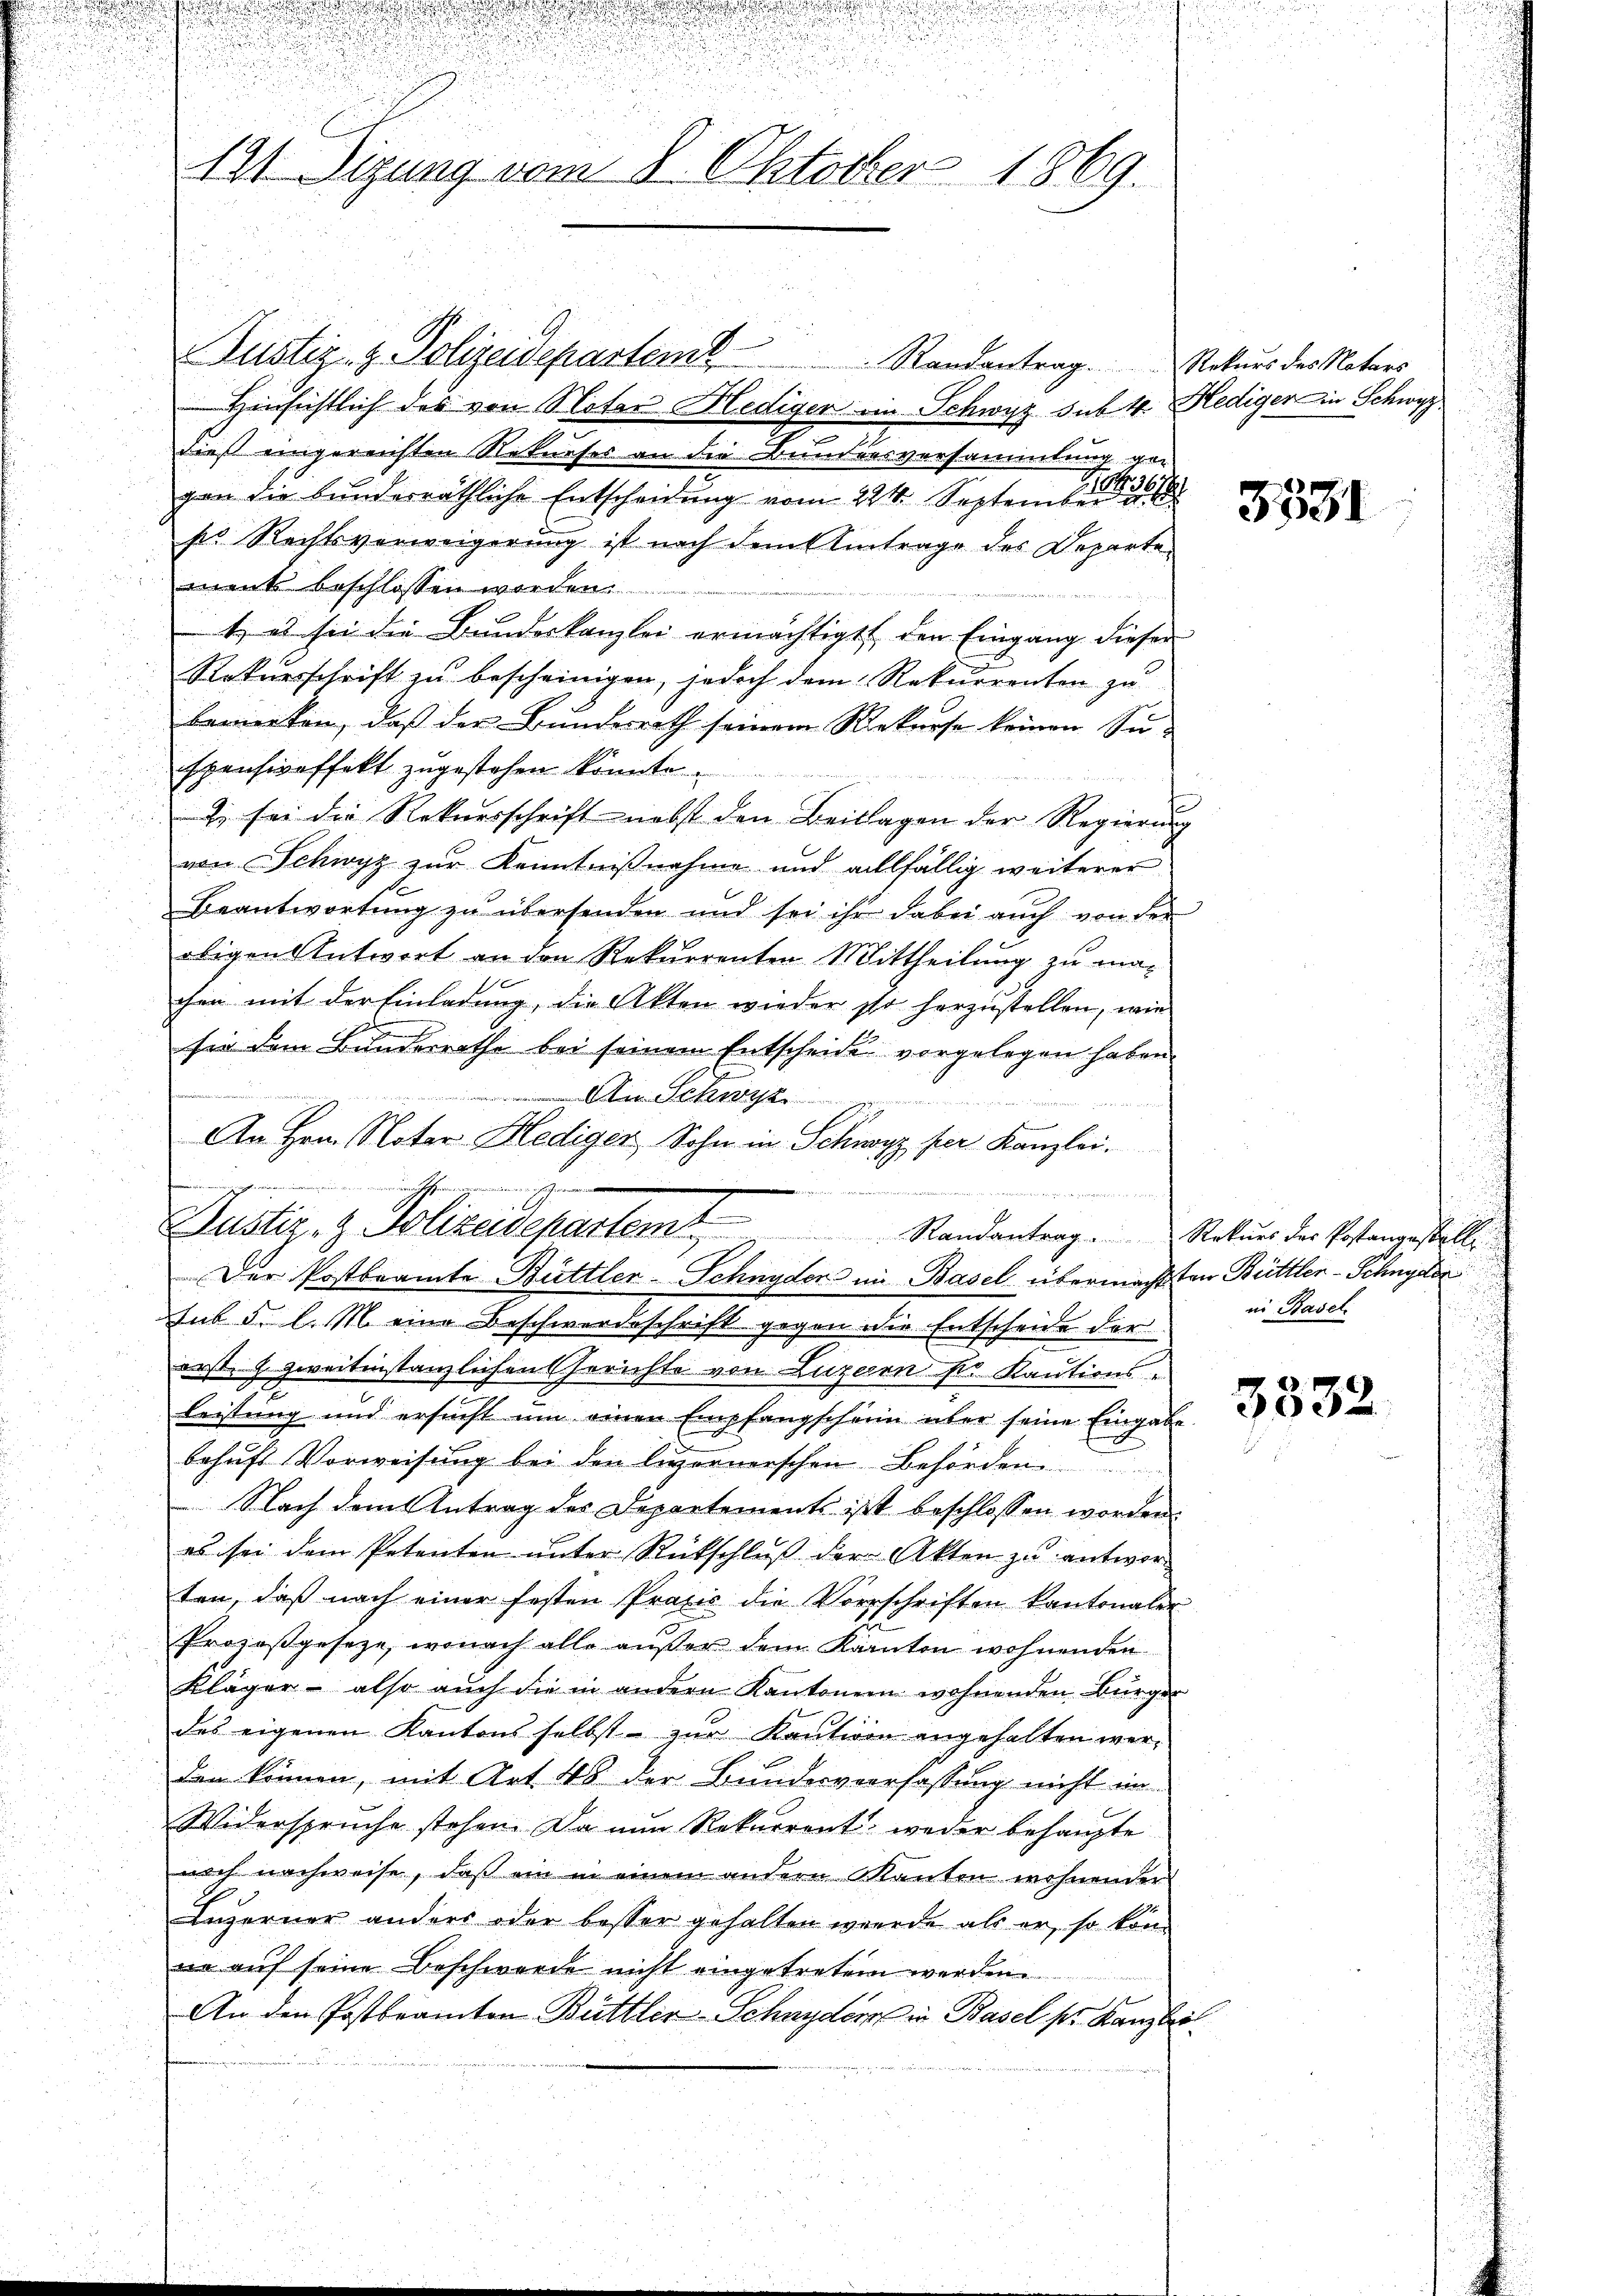
n
121 dizung vom 8. Oktober 1869.

Justiz- & Polizeideparten

An Schwyz
An Hrn. Notar Hediger, Sohn in Schwyz per Kanzlei.
u
.
ustiz & Polizeisepartemt
Der Postbeamte Büttler-Schnyder in Basel übermachten Bettler-Schnyder

Randantrag. Rekurs des Notars
 Hinsichtlich des von Noter Hediger im Schwyz sub. 4. Hediger in Schwyz.
dieß eingereichten Rekurses an die Bundensversammlung ge
gen die bunderräthliche Entscheidung vom 224. September
se Rechtsverweigerung ist nach dem Eintrage des Departe
ment beschlossen worden.
t es sei die Bundeskanzlei ermächtigt, den Eingang diesen
Rekursschrift zu bescheinigen, jedoch dem Rekurrenten zu
bemerken, daß der Bundesrath seinem Rekurse keinen Siespensiveffekt zugestehen könnte.
Z. sei die Rekursschrift nebst den Beilagen der Regierung
von Schwyz zur Kenntnißnahme und allfällig weiterer
Beantwortung zu übersenden und sei ihr dabei auch von der
obigen Antwort an den Rekurrenten Mittheilung zu machen mit der Einladung, die Akten wieder so herzustellen, wie
sie dem Bundesrathe bei seinem Entscheide vorgelegen haben
d
.

Randantrag Rekurs der Postangestell
sub 5. l. M. eine Beschwerdeschrift gegen die Entscheide der
erste G. zweitinstanzlichen Gerichte von Luzeren für Kautions-
leistung und ersŭcht ŭm einen Empfangschein über seine Eingabe
behaft Vorweisung bei den Luzernerschen Behörden
 Nach dem Antrag des Departements ist beschlossen worden.
es sei dem Petenten unter Rütschluß der Akten zu antworten, daß nach einer festen Praxis die Vorschriften kantonaler
Prozeßgeseze, wonach alle aŭβer dem Kanton wohnenden
Kläger - also auch die in andern Kantonen wohnenden Bürger
des eigenen Kantons selbst - zur Kaution angehalten werden können, mit Art. 48 der Bundesverfassung nicht in
Widerspruche stehen. Da nun Rekurrent weder behaupte
noch nachweise, daß ein in einem andern Manten wohnender
Luzerner anders oder besser gehalten werde als er, so kom
ne auf seine Beschwerde nicht eingetreten werden.
An den Postbeamten Büttler-Schnyder in Basel pr. Kanzlei

3531

in Basel

3332